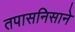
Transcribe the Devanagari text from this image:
तपासनिसाने